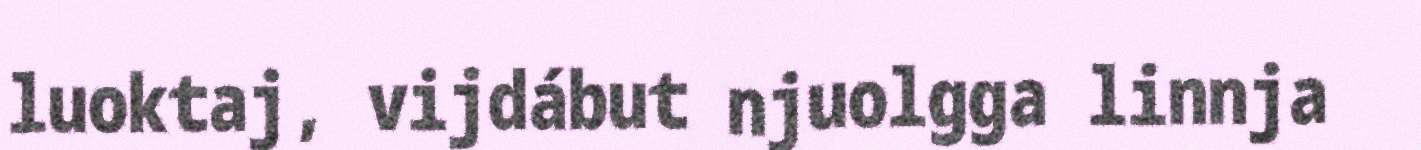
luoktaj, vijdábut njuolgga linnja